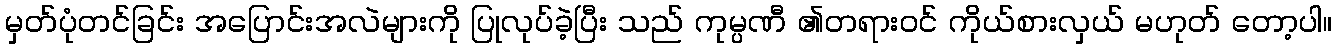
မှတ်ပုံတင်ခြင်း အပြောင်းအလဲများကို ပြုလုပ်ခဲ့ပြီး သည် ကုမ္ပဏီ ၏တရားဝင် ကိုယ်စားလှယ် မဟုတ် တော့ပါ။